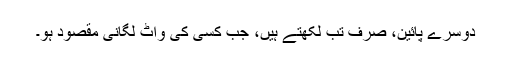
دوسرے پائین، صرف تب لکھتے ہیں، جب کسی کی واٹ لگانی مقصود ہو۔